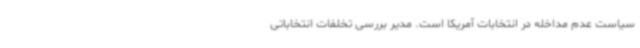
سیاست عدم مداخله در انتخابات آمریکا است. مدیر بررسی تخلفات انتخاباتی